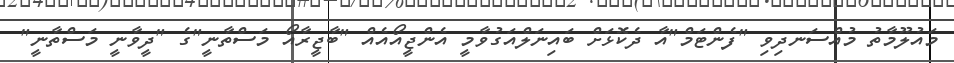
މައުލޫމާތު މުއްސަނދިވި "ފެންޓަމް"އާ ދެކޮޅަށް ބައިނަލްއަގުވާމީ އެންޖީއޯއެއް "ބާޖީރާއޯ މަސްތާނީ"ގެ "ދީވާނީ މަސްތާނީ"